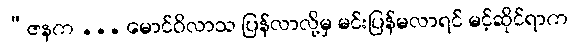
“ဇနက ... မောင်ဝိလာသ ပြန်လာလို့မှ မင်းပြန်မလာရင် မင့်ဆိုင်ရာက